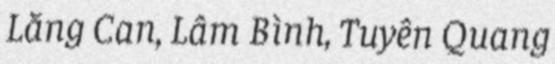
Lăng Can, Lâm Bình, Tuyên Quang